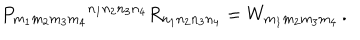
P _ { m _ { 1 } m _ { 2 } m _ { 3 } m _ { 4 } } { } ^ { n _ { 1 } n _ { 2 } n _ { 3 } n _ { 4 } } R _ { n _ { 1 } n _ { 2 } n _ { 3 } n _ { 4 } } = W _ { m _ { 1 } m _ { 2 } m _ { 3 } m _ { 4 } } \, .